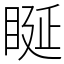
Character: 䀽